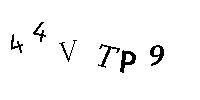
44VTP9